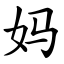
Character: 妈